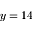
y = 1 4